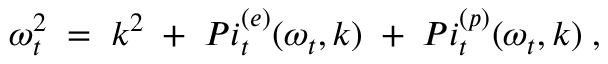
{ \omega _ { t } ^ { 2 } \; = \; k ^ { 2 } \; + \; P i _ { t } ^ { ( e ) } ( \omega _ { t } , k ) \; + \; P i _ { t } ^ { ( p ) } ( \omega _ { t } , k ) \; , }